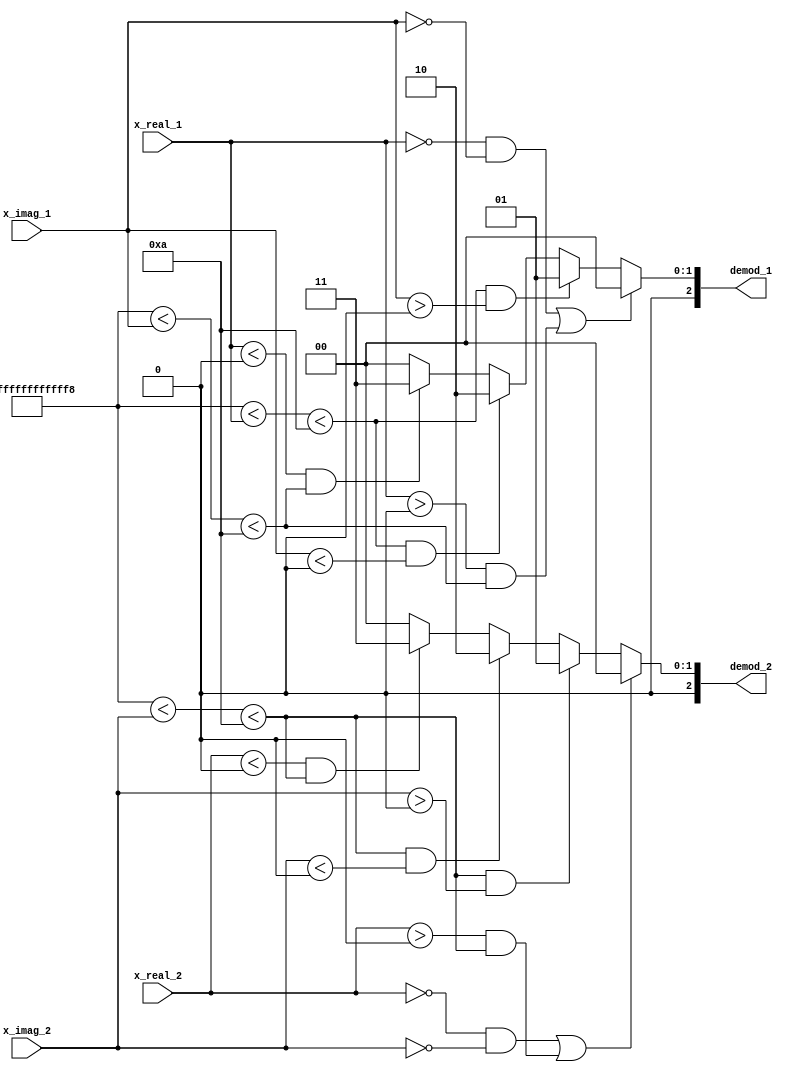
`timescale 1ns / 1ps
//////////////////////////////////////////////////////////////////////////////////
// Company: 
// Engineer: 
// 
// Design Name: 
// Module Name: de_mod
// Project Name: 
// Target Devices: 
// Tool Versions: 
// Description: 
// 
// Dependencies: 
// 
// Revision:
// Revision 0.01 - File Created
// Additional Comments:
// 
//////////////////////////////////////////////////////////////////////////////////


module de_mod(
    input signed [55:0] x_real_1,
    input signed [55:0] x_imag_1,
    input signed [55:0] x_real_2,
    input signed [55:0] x_imag_2,
    output reg signed [2:0] demod_1,
    output reg signed [2:0] demod_2
    );
    
    always @(*)
    begin
        if((x_real_1 == 0 && x_imag_1 == 0) || (x_real_1 > 0 && (-5'd10 < x_imag_1 < 5'd10)))
            demod_1 = 2'd0;
        else if((-5'd10 < x_real_1 < 5'd10) && x_imag_1 > 0)
            demod_1 = 2'd1;
        else if((-5'd10 < x_real_1 < 5'd10) && x_imag_1 < 0)
            demod_1 = 2'd2;
        else if(x_real_1 < 0 && (-5'd10 < x_imag_1 < 5'd10))
            demod_1 = 2'd3;
        else
            demod_1 = 2'd0; 
            
        if((x_real_2 == 0 && x_imag_2 == 0) || (x_real_2 > 0 && (-5'd10 < x_imag_2 < 5'd10)))
            demod_2 = 2'd0;
        else if((-5'd10 < x_imag_2 < 5'd10) && x_imag_2 > 0)
            demod_2 = 2'd1;
        else if((-5'd10 < x_imag_2 < 5'd10) && x_imag_2 < 0)
            demod_2 = 2'd2;
        else if(x_real_2 < 0 && (-5'd10 < x_imag_2 < 5'd10))
            demod_2 = 2'd3;
        else
            demod_2 = 2'd0; 
             
    end
endmodule